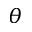
\theta